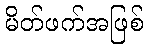
မိတ်ဖက်အဖြစ်